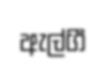
ඇල්ගී